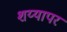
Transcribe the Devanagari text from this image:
शय्यापर